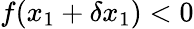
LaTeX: f(x_{1}+\delta x_{1})<0